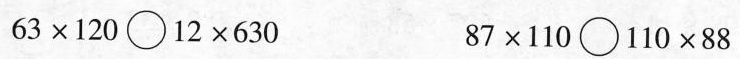
$$6 3 \times 1 2 0 \circ 1 2 \times 6 3 0$$ $$8 7 \times 1 1 0 \circ 1 1 0 \times 8 8$$